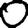
Digit: 0